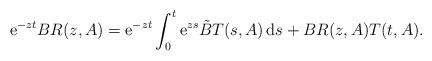
LaTeX: \begin{align*}\mathrm{e}^{-zt}BR(z,A) &= \mathrm{e}^{-zt}\int_0^t \mathrm{e}^{zs}\tilde{B}T(s,A)\,\mathrm{d}s+BR(z,A)T(t,A).\end{align*}